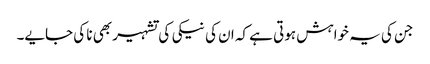
جن کی یہ خواہش ہوتی ہے کہ ان کی نیکی کی تشہیر بھی نا کی جایے۔